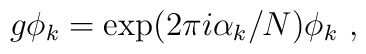
g \phi_k =\exp(2\pi i \alpha_k/N)\phi_k~,